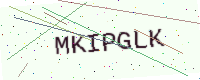
Text: MKIPGLK